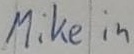
Text: Mike in